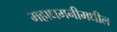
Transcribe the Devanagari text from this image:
महाधमनीमधील